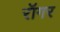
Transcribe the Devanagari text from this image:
रॉगर